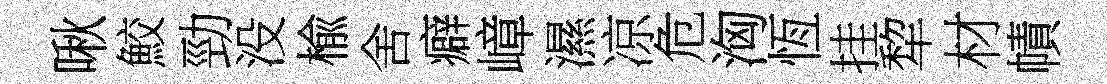
啾鮫勁没楡舍癖嶂濕凉危洶恆挂犂材幘